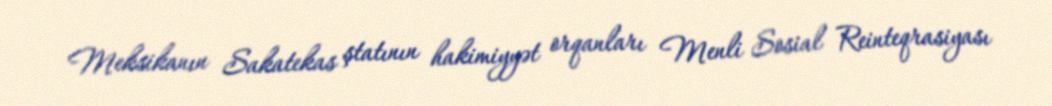
Meksikanın Sakatekas ştatının hakimiyyət orqanları Menli Sosial Reinteqrasiyası